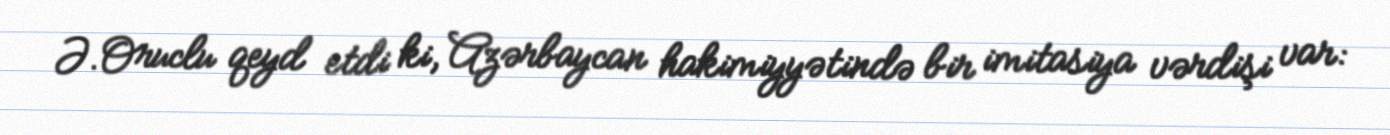
Ə.Oruclu qeyd etdi ki, Azərbaycan hakimiyyətində bir imitasiya vərdişi var: